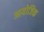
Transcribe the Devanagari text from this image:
आयोजिक